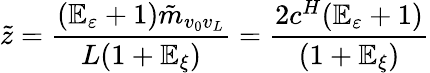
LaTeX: \tilde{z}=\frac{(\mathbb{E}_{\varepsilon}+1)\tilde{m}_{v_{0}v_{L}}}{L(1+\mathbb{E}_{\xi})}=\frac{2c^{H}(\mathbb{E}_{\varepsilon}+1)}{(1+\mathbb{E}_{\xi})}